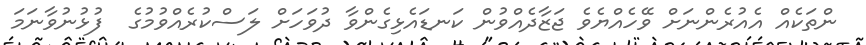
ންތަކެއް އެއުރެންނަށް ވޭހެއްޔެވެ ޖަޒާދެއްވުން ކަނޑައެޅިގެންވާ ދުވަހަށް ލަސްކުރެއްވުމުގެ  ފުޅުނުވާނަމަ